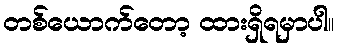
တစ်ယောက်တော့ ထားရှိရမှာပါ။